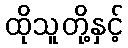
ထိုသူတို့နှင့်